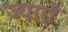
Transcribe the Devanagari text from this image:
ज्याएँ